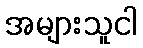
အများသူငါ